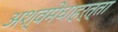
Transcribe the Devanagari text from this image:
अश्वमेधाहर्त्ता